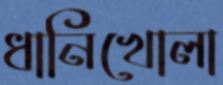
ধানিখোলা